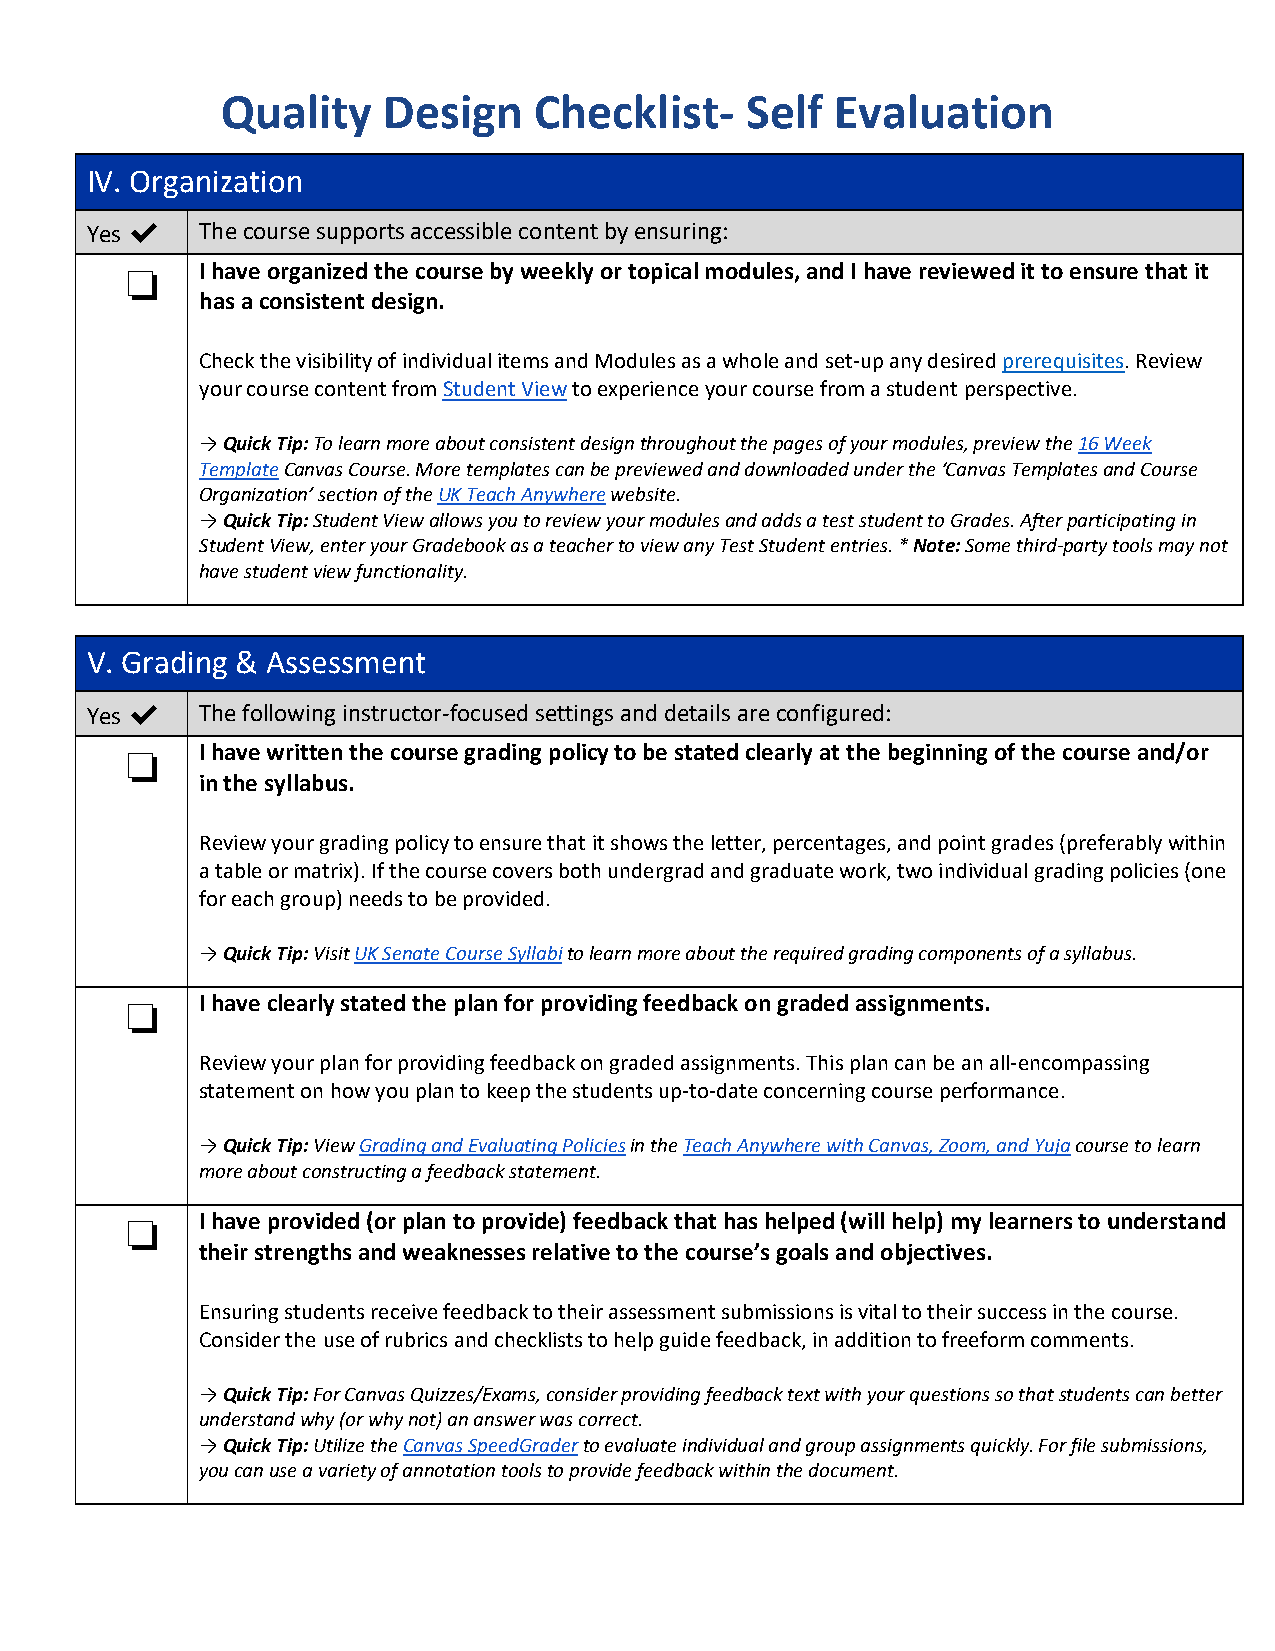
Quality   Design    Checklist-    Self  Evaluation
 IV. Organization
 Yes ✔  The course supports accessible content by ensuring:
 I have organized the course by weekly or topical modules, and I have reviewed it to ensure that it
 ❏    has a consistent design.
 Check the visibility of individual items and Modules as a whole and set-up any desired prerequisites. Review
 your course content from Student View to experience your course from a student perspective.
 →Quick Tip: To learn more about consistent design throughout the pages of your modules, preview the 16 Week
 Template Canvas Course. More templates can be previewed and downloaded under the ‘Canvas Templates and Course
 Organization’ section of the UK Teach Anywhere website.
 →Quick Tip: Student View allows you to review your modules and adds a test student to Grades. After participating in
 Student View, enter your Gradebook as a teacher to view any Test Student entries. * Note: Some third-party tools may not
 have student view functionality.
 V. Grading & Assessment
 Yes ✔  The following instructor-focused settings and details are configured:
 I have written the course grading policy to be stated clearly at the beginning of the course and/or
 ❏    in the syllabus.
 Review your grading policy to ensure that it shows the letter, percentages, and point grades (preferably within
 a table or matrix). If the course covers both undergrad and graduate work, two individual grading policies (one
 for each group) needs to be provided.
 →Quick Tip: Visit UK Senate Course Syllabi to learn more about the required grading components of a syllabus.
 I have clearly stated the plan for providing feedback on graded assignments.
 ❏
 Review your plan for providing feedback on graded assignments. This plan can be an all-encompassing
 statement on how you plan to keep the students up-to-date concerning course performance.
 →Quick Tip: View Grading and Evaluating Policies in the Teach Anywhere with Canvas, Zoom, and Yuja course to learn
 more about constructing a feedback statement.
 I have provided (or plan to provide) feedback that has helped (will help) my learners to understand
 ❏    their strengths and weaknesses relative to the course’s goals and objectives.
 Ensuring students receive feedback to their assessment submissions is vital to their success in the course.
 Consider the use of rubrics and checklists to help guide feedback, in addition to freeform comments.
 →Quick Tip: For Canvas Quizzes/Exams, consider providing feedback text with your questions so that students can better
 understand why (or why not) an answer was correct.
 →Quick Tip: Utilize the Canvas SpeedGrader to evaluate individual and group assignments quickly. For file submissions,
 you can use a variety of annotation tools to provide feedback within the document.